Indian journal of veterinary science and animal husbandry - Volumes 26-27, 1956-1957
Year: 1956
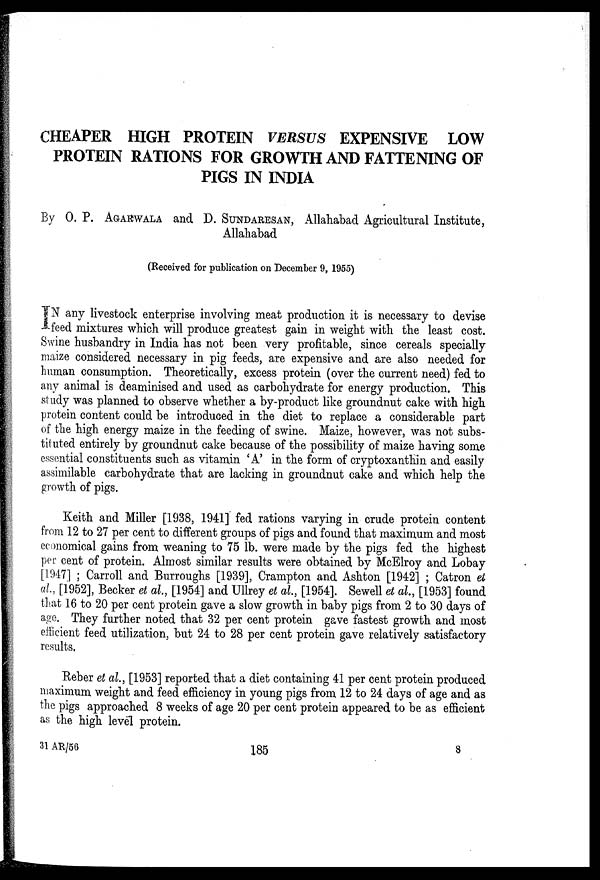
CHEAPER HIGH PROTEIN VERSUS EXPENSIVE LOW
PROTEIN RATIONS FOR GROWTH AND FATTENING OF
PIGS IN INDIA
By O. P. AGARWALA and D. SUNDARESAN, Allahabad Agricultural Institute,
Allahabad
(Received for publication on December 9, 1955)
IN any livestock enterprise involving meat production it is necessary to devise
feed mixtures which will produce greatest gain in weight with the least cost.
Swine husbandry in India has not been very profitable, since cereals specially
maize considered necessary in pig feeds, are expensive and are also needed for
human consumption. Theoretically, excess protein (over the current need) fed to
any animal is deaminised and used as carbohydrate for energy production. This
study was planned to observe whether a by-product like groundnut cake with high
protein content could be introduced in the diet to replace a considerable part
of the high energy maize in the feeding of swine. Maize, however, was not subs-
tituted entirely by groundnut cake because of the possibility of maize having some
essential constituents such as vitamin 'A' in the form of cryptoxanthin and easily
assimilable carbohydrate that are lacking in groundnut cake and which help the
growth of pigs.
Keith and Miller [1938, 1941] fed rations varying in crude protein content
from 12 to 27 per cent to different groups of pigs and found that maximum and most
economical gains from weaning to 75 lb. were made by the pigs fed the highest
per cent of protein. Almost similar results were obtained by McElroy and Lobay
[1947]; Carroll and Burroughs [1939], Crampton and Ashton [1942]; Catron et
al., [1952], Becker et al., [1954] and Ullrey et al., [1954]. Sewell et al., [1953] found
that 16 to 20 per cent protein gave a slow growth in baby pigs from 2 to 30 days of
age. They further noted that 32 per cent protein gave fastest growth and most
efficient feed utilization, but 24 to 28 per cent protein gave relatively satisfactory
results.
Reber et al., [1953] reported that a diet containing 41 per cent protein produced
maximum weight and feed efficiency in young pigs from, 12 to 24 days of age and as
the pigs approached 8 weeks of age 20 per cent protein appeared to be as efficient
as the high level protein.
31 AR/56
185 8